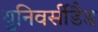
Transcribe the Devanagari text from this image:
युनिवर्सीडैड